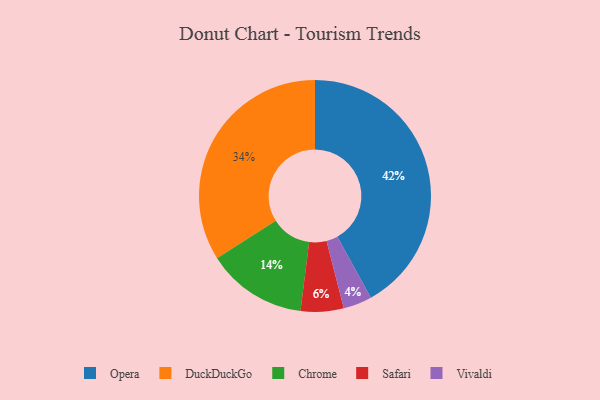
{"axis": {"x": "Category", "y": "Percentage"}, "legend": ["Chrome", "DuckDuckGo", "Opera", "Safari", "Vivaldi"], "data": [{"x": "DuckDuckGo", "y": 34, "type": "DuckDuckGo"}, {"x": "Vivaldi", "y": 4, "type": "Vivaldi"}, {"x": "Safari", "y": 6, "type": "Safari"}, {"x": "Opera", "y": 42, "type": "Opera"}, {"x": "Chrome", "y": 14, "type": "Chrome"}]}